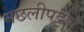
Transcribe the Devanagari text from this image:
मछलीपट्टण